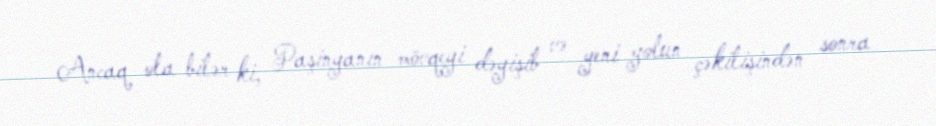
Ancaq ola bilər ki, Paşinyanın mövqeyi dəyişib və yeni yolun çəkilişindən sonra